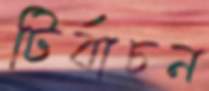
টির্বাচন